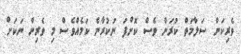
ވެރިކަން ސަލާމަތް ކުރަން ވެސް ކޮށްފަ ނުކުރާނެ ކަމެއްވެސް މި ވެރިން ނަކަށް